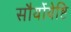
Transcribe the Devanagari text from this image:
सौर्योयेष्टि